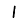
Digit: 1